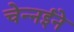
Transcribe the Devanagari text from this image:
चेन्नईने